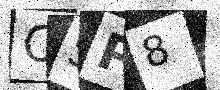
Text: CSP8